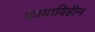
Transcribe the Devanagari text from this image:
कायाविहीन